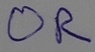
Text: OR